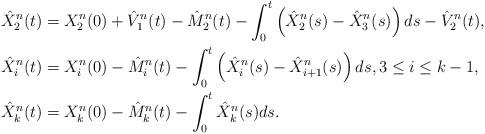
LaTeX: \begin{align*}\hat{X}^n_2(t) &= X^n_2(0) + \hat{V}_1^n(t) - \hat{M}_2^{n}(t) - \int_0^t\left(\hat{X}^n_2(s)-\hat{X}_3^n(s)\right)ds - \hat{V}_2^n(t), \\\hat{X}^n_i(t) &= X^n_i(0) - \hat{M}_i^{n}(t) - \int_0^t\left(\hat{X}^n_i(s)-\hat{X}_{i+1}^n(s)\right)ds, 3 \le i \le k-1, \\\hat{X}^n_k(t) &= X^n_k(0) - \hat{M}_k^{n}(t) - \int_0^t\hat{X}^n_k(s)ds. \end{align*}